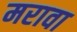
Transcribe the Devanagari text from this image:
मरावा